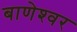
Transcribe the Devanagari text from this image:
बाणेश्‍वर